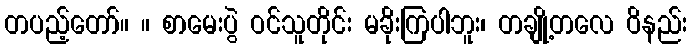
တပည့်တော်။ ။ စာမေးပွဲ ဝင်သူတိုင်း မခိုးကြပါဘူး၊ တချို့တလေ ဝိနည်း